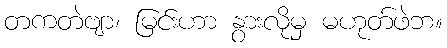
တကတဲဗျာ၊ မြင်းဟာ နွားလိုမှ မဟုတ်ဖဲဘ။